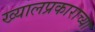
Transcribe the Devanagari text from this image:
ख्यालप्रकाराच्या